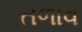
તળાવ